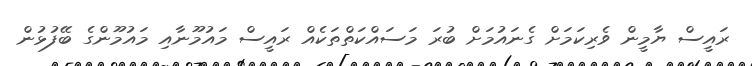
ރައީސް ޔާމީން ވެެރިކަމަށް ގެނައުމަށް ބުރަ މަސައްކަތްތަކެއް ރައީސް މައުމޫނާއި މައުމޫންގެ ބޭފުޅުން